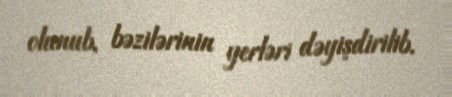
olunub, bəzilərinin yerləri dəyişdirilib.